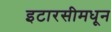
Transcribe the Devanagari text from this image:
इटारसीमधून